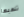
تلعبها